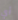
أي